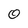
Character: 0